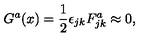
G ^ { a } ( x ) = \frac { 1 } { 2 } \epsilon _ { j k } F _ { j k } ^ { a } \approx 0 ,